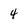
Character: 4